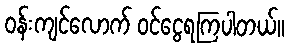
ဝန်းကျင်လောက် ဝင်ငွေရကြပါတယ်။